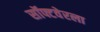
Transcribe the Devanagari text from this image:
सॉफ्टवेरला